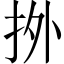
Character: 𢫑